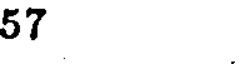
57